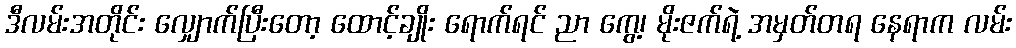
ဒီလမ်းအတိုင်း လျှောက်ပြီးတော့ ထောင့်ချိုး ရောက်ရင် ညာ ကွေ့၊ မိုးဇက်ရဲ့ အမှတ်တရ နေရာက လမ်း